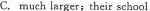
C. much larger;their school